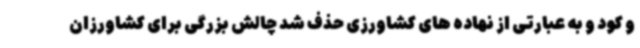
و کود و به عبارتی از نهاده های کشاورزی حذف شد چالش بزرگی برای کشاورزان